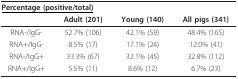
<table><thead><tr><td colspan="4"><b><underline>Percentage (positive/total)</underline></b></td></tr><tr><td></td><td><b>Adult (201)</b></td><td><b>Young (140)</b></td><td><b>All pigs (341)</b></td></tr></thead><tbody><tr><td>RNA-/IgG-</td><td>52.7% (106)</td><td>42.1% (59)</td><td>48.4% (165)</td></tr><tr><td>RNA+/IgG-</td><td>8.5% (17)</td><td>17.1% (24)</td><td>12.0% (41)</td></tr><tr><td>RNA-/IgG+</td><td>33.3% (67)</td><td>32.1% (45)</td><td>32.8% (112)</td></tr><tr><td>RNA+/IgG+</td><td>5.5% (11)</td><td>8.6% (12)</td><td>6.7% (23)</td></tr></tbody></table>